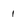
Character: 1